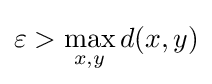
\varepsilon >\max _{x,y}d(x,y)